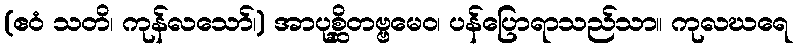
(ဧဝံ သတိ၊ ကုန်လသော်၊) အာပုစ္ဆိတဗ္ဗမေဝ၊ ပန်ပြောရာသည်သာ။ ကုလဃရေ